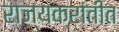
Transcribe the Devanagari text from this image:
राज्यक्रांतीत